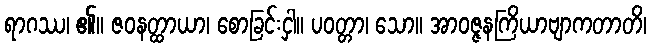
ရာဂဿ၊ ၏။ ဇဝနတ္ထာယာ၊ စောခြင်းငှါ။ ပဝတ္တာ၊ သော။ အာဝဇ္ဇနကြိယာဗျာကတာတိ၊